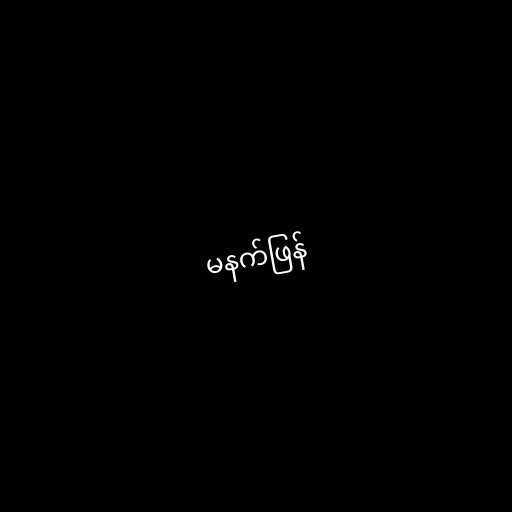
မနက်ဖြန်